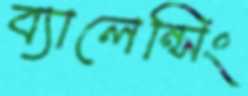
ব্যালেন্সিং